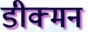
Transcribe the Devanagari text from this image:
डीक्मन